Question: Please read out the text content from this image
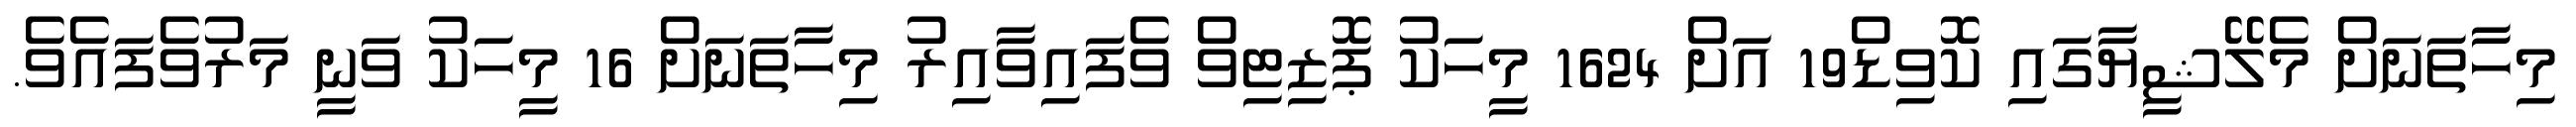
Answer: މިހާތަނަށް މެލޭޝީޔާގައި ކޮވިޑް19 އަށް 1624 މީހަކު ޕޮޒިޓިވް ވެފައިވާއިރު މިހާތަނަށް 16 މީހަކު ވަނީ މަރުވެފައެވެ.